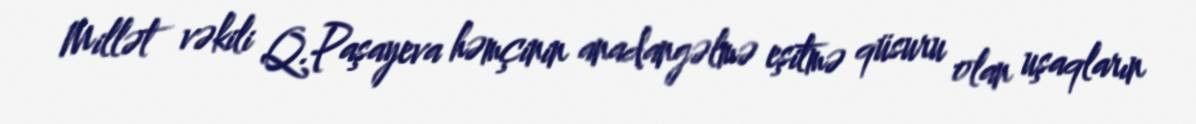
Millət vəkili Q.Paşayeva həmçinin anadangəlmə eşitmə qüsuru olan uşaqların